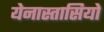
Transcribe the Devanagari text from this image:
येनास्तासियो